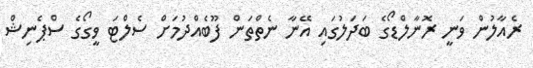
ރެއާލުން ވަނީ ރޮނާލްޑޯގެ ބަދަލުގައި އޭނާ ނެތްތަން ފޫބެއްދުމަށް ސެލްޓަ ވީގޯގެ ސްޕެނިޝް